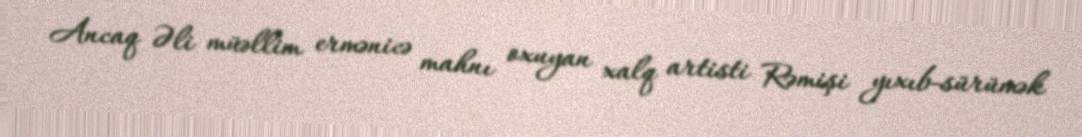
Ancaq Əli müəllim ermənicə mahnı oxuyan xalq artisti Rəmişi yıxıb-sürümək